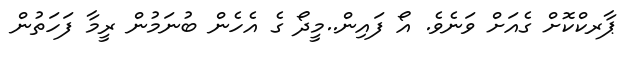
ޕާރކްކޮށް ގެއަށް ވަނެވެ. އޯ ފައިން..މީދޯ ގެ އެހެން ބުނަމުން ރީމާ ފަހަތުން